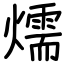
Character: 燸